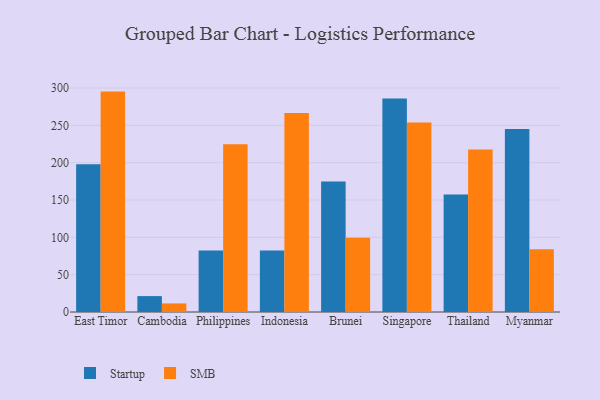
{"axis": {"x": "Country", "y": "Gross Profit (USD K)"}, "legend": ["SMB", "Startup"], "data": [{"x": "East Timor", "y": 197.8, "type": "Startup"}, {"x": "East Timor", "y": 295.2, "type": "SMB"}, {"x": "Cambodia", "y": 21.3, "type": "Startup"}, {"x": "Cambodia", "y": 11.5, "type": "SMB"}, {"x": "Philippines", "y": 82.3, "type": "Startup"}, {"x": "Philippines", "y": 224.6, "type": "SMB"}, {"x": "Indonesia", "y": 82.4, "type": "Startup"}, {"x": "Indonesia", "y": 266.4, "type": "SMB"}, {"x": "Brunei", "y": 174.7, "type": "Startup"}, {"x": "Brunei", "y": 99.5, "type": "SMB"}, {"x": "Singapore", "y": 285.9, "type": "Startup"}, {"x": "Singapore", "y": 253.7, "type": "SMB"}, {"x": "Thailand", "y": 157.4, "type": "Startup"}, {"x": "Thailand", "y": 217.8, "type": "SMB"}, {"x": "Myanmar", "y": 245.2, "type": "Startup"}, {"x": "Myanmar", "y": 84.0, "type": "SMB"}]}